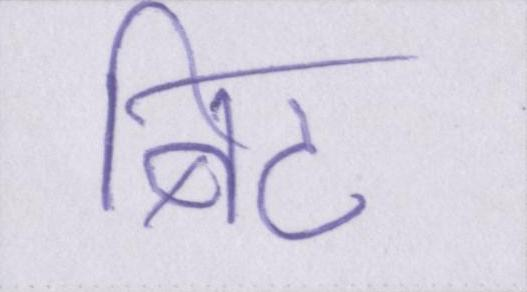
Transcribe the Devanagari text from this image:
बिट